Subject: eess
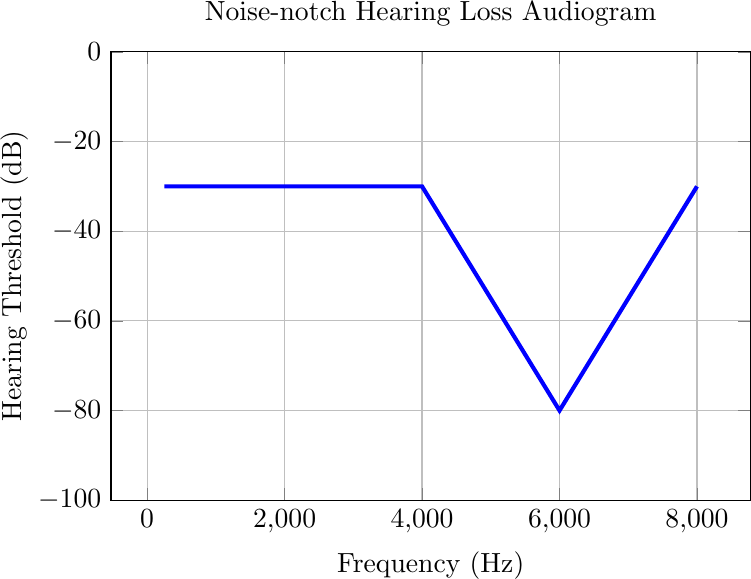
LaTeX code:
    \begin{tikzpicture}
        \begin{axis}[
            width=0.8\textwidth,
            height=0.6\textwidth,
            xlabel={Frequency (Hz)},
            ylabel={Hearing Threshold (dB)},
            title={Noise-notch Hearing Loss Audiogram},
            grid=major,
            ymin=-100, ymax=0,  % Adjust the y-axis limits as needed
            ]

            \addplot[blue, line width=1.5pt] coordinates {
                (250, -30)
                (4000, -30)
                (6000, -80)
                (8000, -30)
            };

        \end{axis}
    \end{tikzpicture}